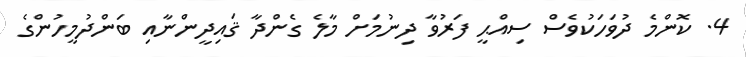
4. ކޮންމެ ދުވަހަކުވެސް ސިއްޙީ ފަރުވާ ދިނުމަށް މާލެ ގެންދާ ޤައިދީންނާއި ބަންދުމީހުންގެ